Punjab Mental Hospital Lahore 1922-31 - 1922-1931
Year: 1922
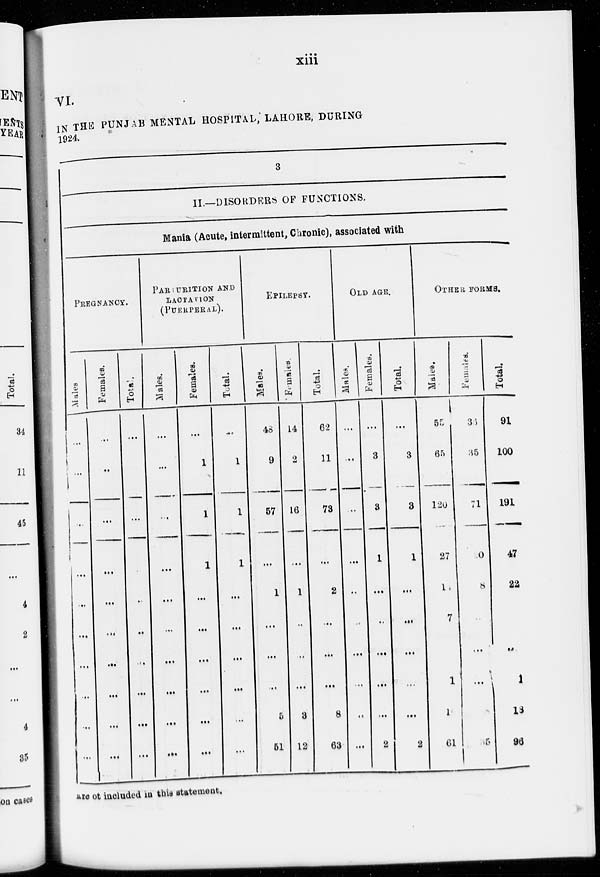
xiii
VI.
IN THE PUNJAB MENTAL HOSPITAL, LAHORE, DURING
1924.
3
II— DISORDERS OF FUNCTIONS.
Mania (Acute, intermittent, Chronic), associated with
PREGNANCY.
Males
...
...
...
...
...
...
...
...
...
Females.
...
...
...
...
...
...
...
...
...
...
Total.
...
...
...
...
...
...
...
...
...
...
PARIURITION AND
LACTATION
(PUERPERAL).
Males.
...
...
...
...
...
...
...
...
...
...
Females.
...
1
1
1
...
...
...
...
...
...
Total.
...
1
1
1
...
...
...
...
...
...
EPILEPSY.
Males.
48
9
57
...
1
...
...
...
5
51
Females.
14
2
16
...
1
...
...
...
3
12
Total.
62
11
73
...
2
...
...
...
8
63
OLD AGE.
Males.
...
...
...
...
...
...
...
...
...
...
Females.
...
3
3
1
...
...
...
...
...
2
Total
...
3
3
1
...
...
...
...
...
2
OTHER FORMS.
Males.
55
65
120
27
11
7
1
1
61
Females.
36
35
71
0
8
...
...
...
35
Total.
91
100
191
47
22
...
1
13
96
are not included in this statement.